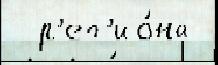
  р'ег'ио́на